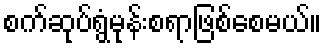
စက်ဆုပ်ရွံမုန်းစရာဖြစ်စေမယ်။